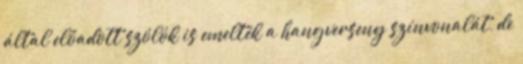
által előadott szólók is emelték a hangverseny színvonalát, de